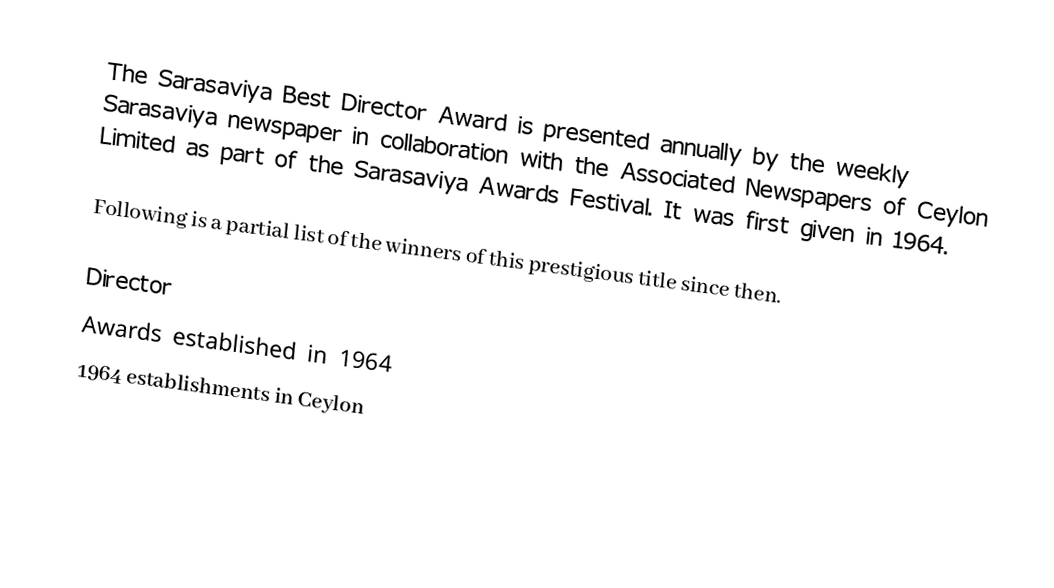
The Sarasaviya Best Director Award is presented annually by the weekly Sarasaviya newspaper in collaboration with the Associated Newspapers of Ceylon Limited as part of the Sarasaviya Awards Festival. It was first given in 1964.

Following is a partial list of the winners of this prestigious title since then.

Director
Awards established in 1964
1964 establishments in Ceylon